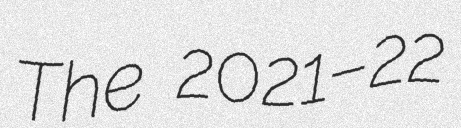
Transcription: The 2021–22